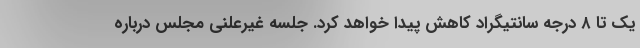
یک تا ۸ درجه سانتیگراد کاهش پیدا خواهد کرد. جلسه غیرعلنی مجلس درباره